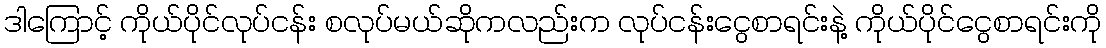
ဒါကြောင့် ကိုယ်ပိုင်လုပ်ငန်း စလုပ်မယ်ဆိုကလည်းက လုပ်ငန်းငွေစာရင်းနဲ့ ကိုယ်ပိုင်ငွေစာရင်းကို